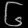
Digit: ၆